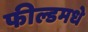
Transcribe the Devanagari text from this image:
फील्डमधे